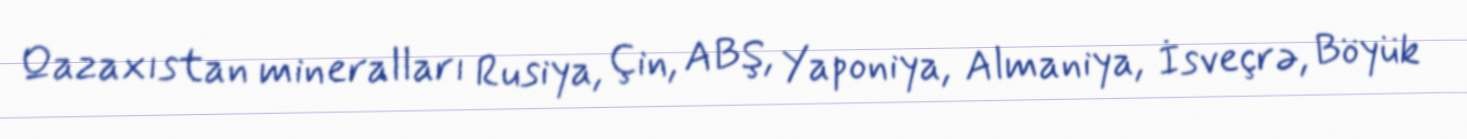
Qazaxıstan mineralları Rusiya, Çin, ABŞ, Yaponiya, Almaniya, İsveçrə, Böyük